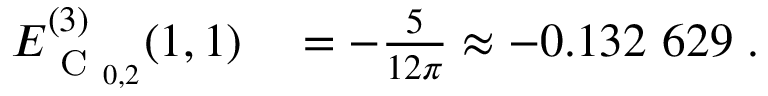
\begin{array} { r l } { E _ { \mathrm { ~ C ~ } _ { 0 , 2 } } ^ { ( 3 ) } ( 1 , 1 ) } & { { } = - \frac { 5 } { 1 2 \pi } \approx - 0 . 1 3 2 \ 6 2 9 \; . } \end{array}